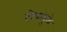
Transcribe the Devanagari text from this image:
दोघांमुळे